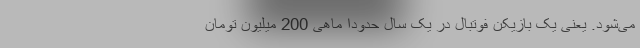
می‌شود. یعنی یک بازیکن فوتبال در یک سال حدودا ماهی 200 میلیون تومان